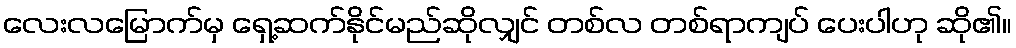
လေးလမြောက်မှ ရှေ့ဆက်နိုင်မည်ဆိုလျှင် တစ်လ တစ်ရာကျပ် ပေးပါဟု ဆို၏။